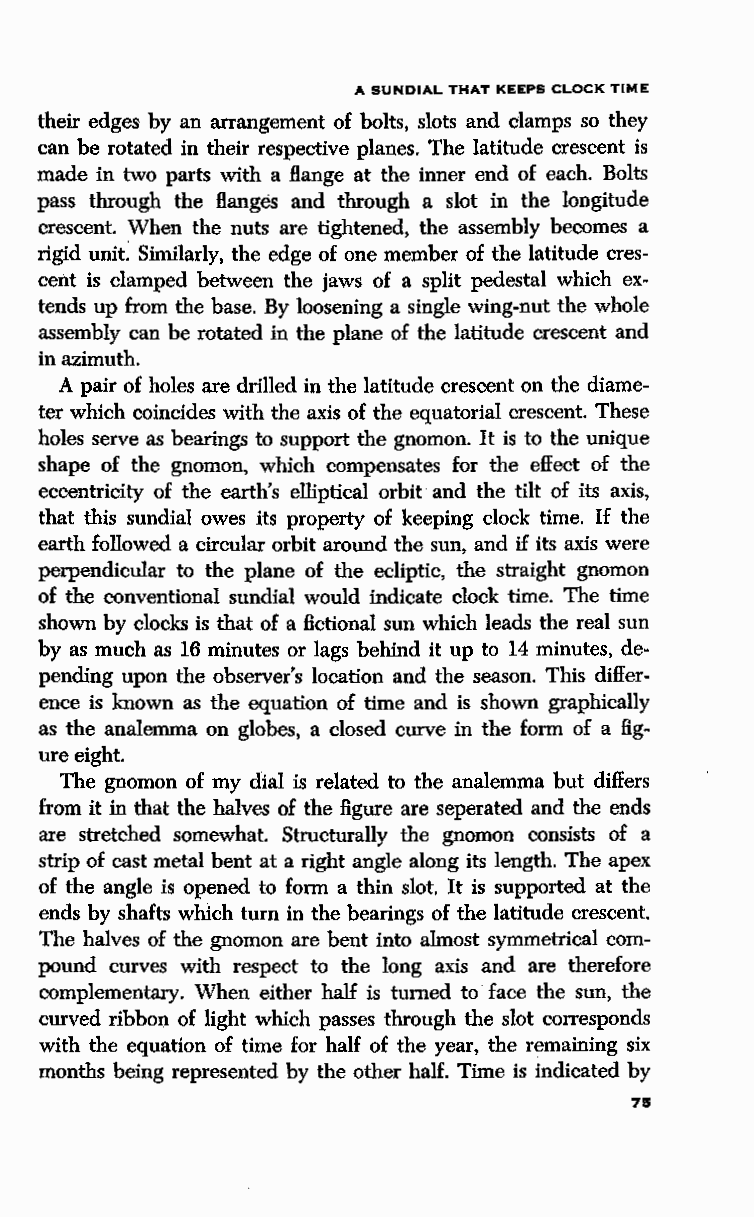
A SUNDIAL THAT KEEPS CLOCK TIME
 their edges by an arrangement of bolts, slots and clamps so they
 can be rotated in their respective planes. The latitude crescent is
 made in two parts with a flange at the inner end of each. Bolts
 pass through the flanges and through a slot in the longitude
 crescent. When the nuts are tightened, the assembly becomes a
 rigid unit: Similarly, the edge of one member of the latitude cres
 cent is clamped between the jaws of a split pedestal which ex
 tends up from the base. By loosening a single wing-nut the whole
 assembly can be rotated in the plane of the latitude crescent and
 in azimuth.
 A pair of holes are drilled in the latitude crescent on the diame
 ter which coincides with the axis of the equatorial crescent. These
 holes serve as bearings to support the gnomon. It is to the unique
 shape of the gnomon, which compensates for the effect of the
 eccentricity of the earth's elliptical orbit and the tilt of its axis,
 that this sundial owes its property of keeping clock time. If the
 earth followed a circular orbit around the sun, and if its axis were
 perpendicular to the plane of the ecliptic, the straight gnomon
 of the conventional sundial would indicate clock time. The time
 shown by clocks is that of a fictional sun which leads the real sun
 by as much as 16 minutes or lags behind it up to 14 minutes, de
 pending upon the observer's location and the season. This differ
 ence is known as the equation of time and is shown graphically
 as the analemma on globes, a closed curve in the form of a fig
 ure eight.
 The gnomon of my dial is related to the analemma but differs
 from it in that the halves of the figure are seperated and the ends
 are stretched somewhat. Structurally the gnomon consists of a
 strip of cast metal bent at a right angle along its length. The apex
 of the angle is opened to form a thin slot. It is supported at the
 ends by shafts which turn in the bearings of the latitude crescent.
 The halves of the gnomon are bent into almost symmetrical com
 pound curves with respect to the long axis and are therefore
 complementary. When either half is turned to face the sun, the
 curved ribbon of light which passes through the slot corresponds
 with the equation of time for half of the year, the remaining six
 months being represented by the other half. Time is indicated by
 75